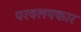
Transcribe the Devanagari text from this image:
परवलयकार